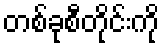
တစ်ခုစီတိုင်းကို